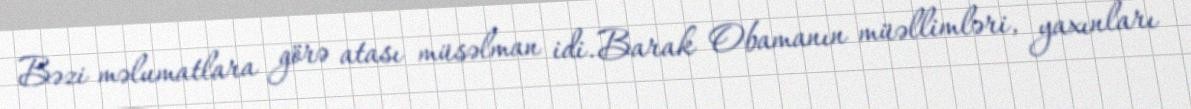
Bəzi məlumatlara görə atası müsəlman idi. Barak Obamanın müəllimləri, yaxınları